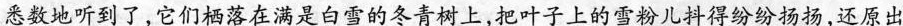
悉数地听到了，它们栖落在满是白雪的冬青树上，把叶子上的雪粉儿抖得纷纷扬扬，还原出